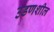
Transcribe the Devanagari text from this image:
उडणशील